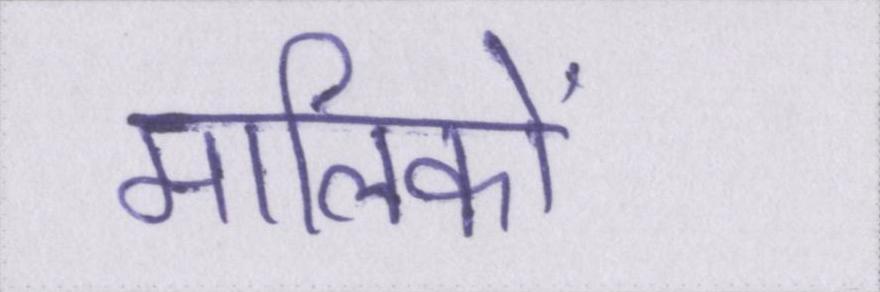
मालिकों